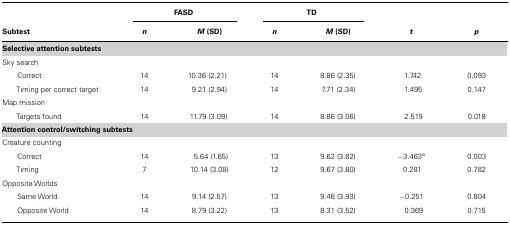
<table><thead><tr><td></td><td colspan="2"><b>FASD</b></td><td colspan="2"><b>TD</b></td></tr><tr><td><b>Subtest</b></td><td><b><i>n</i></b></td><td><b><i>M</i>(SD)</b></td><td><b><i>n</i></b></td><td><b><i>M</i>(SD)</b></td><td><b><i>t</i></b></td><td><b><i>p</i></b></td></tr></thead><tbody><tr><td><b>Selective attention subtests</b></td></tr><tr><td>Sky search</td><td></td><td></td><td></td><td></td><td></td><td></td></tr><tr><td>Correct</td><td>14</td><td>10.36 (2.21)</td><td>14</td><td>8.86 (2.35)</td><td>1.742</td><td>0.093</td></tr><tr><td>Timing per correct target</td><td>14</td><td>9.21 (2.94)</td><td>14</td><td>7.71 (2.34)</td><td>1.495</td><td>0.147</td></tr><tr><td>Map mission</td><td></td><td></td><td></td><td></td><td></td><td></td></tr><tr><td>Targets found</td><td>14</td><td>11.79 (3.09)</td><td>14</td><td>8.86 (3.06)</td><td>2.519</td><td>0.018</td></tr><tr><td><b>Attention control/switching subtests</b></td></tr><tr><td>Creature counting</td><td></td><td></td><td></td><td></td><td></td><td></td></tr><tr><td>Correct</td><td>14</td><td>5.64 (1.65)</td><td>13</td><td>9.62 (3.82)</td><td>-3.463<sup>a</sup></td><td>0.003</td></tr><tr><td>Timing</td><td>7</td><td>10.14 (3.08)</td><td>12</td><td>9.67 (3.80)</td><td>0.281</td><td>0.782</td></tr><tr><td>Opposite Worlds</td><td></td><td></td><td></td><td></td><td></td><td></td></tr><tr><td>Same World</td><td>14</td><td>9.14 (2.57)</td><td>13</td><td>9.46 (3.93)</td><td>-0.251</td><td>0.804</td></tr><tr><td>Opposite World</td><td>14</td><td>8.79 (3.22)</td><td>13</td><td>8.31 (3.52)</td><td>0.369</td><td>0.715</td></tr></tbody></table>